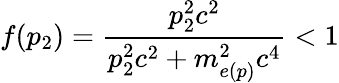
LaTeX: f(p_{2})=\frac{p_{2}^{2}c^{2}}{p_{2}^{2}c^{2}+m_{e(p)}^{2}c^{4}}<1